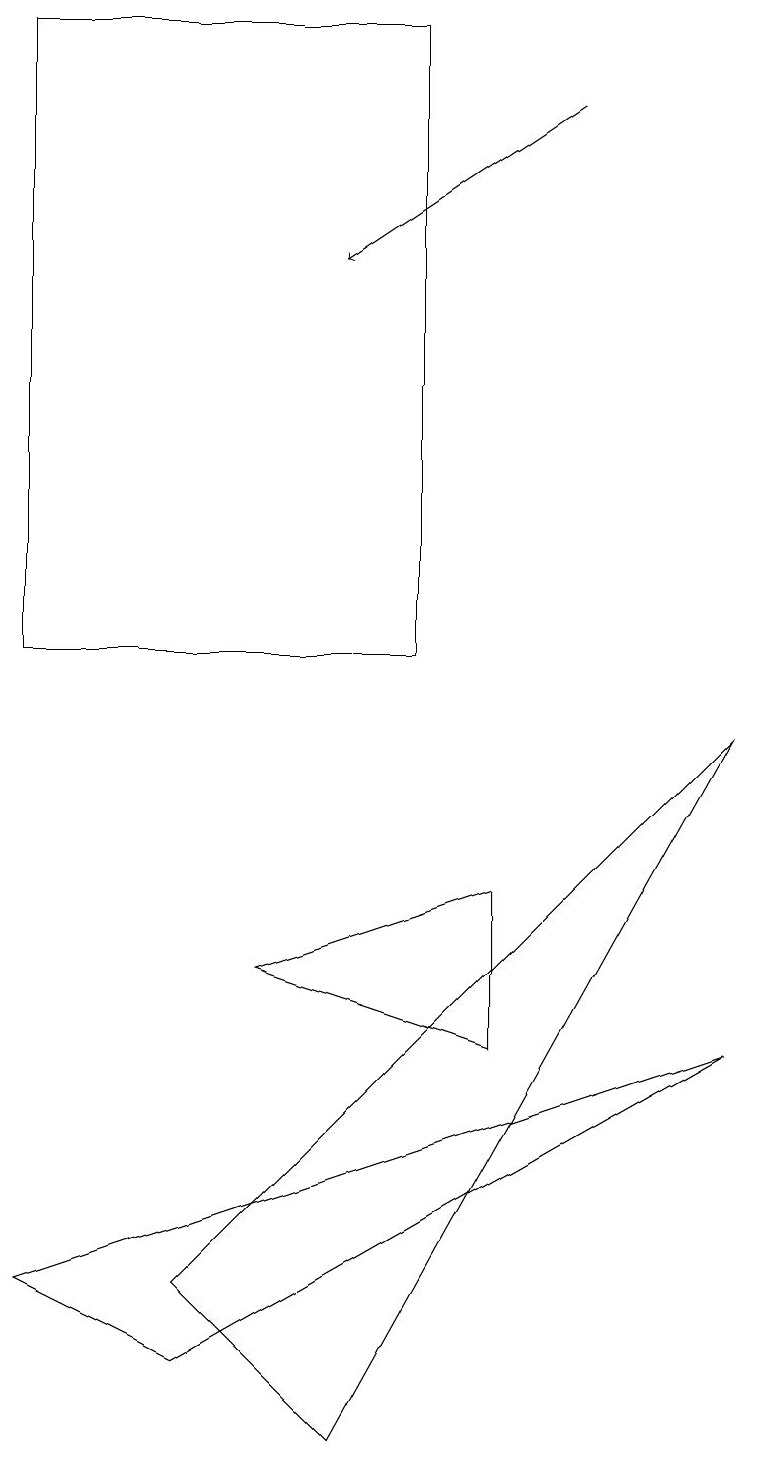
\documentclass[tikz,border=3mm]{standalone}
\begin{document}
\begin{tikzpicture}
\draw (9,9) -- (4,0) -- (2,2) -- cycle;
\draw (3,6) -- (6,7) -- (6,5) -- cycle;
\draw[->] (7,17) -- (4,15);
\draw (9,5) -- (0,2) -- (2,1) -- cycle;
\draw (0,10) rectangle (5,18);
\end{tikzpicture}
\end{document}